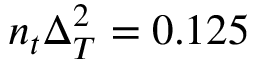
n _ { t } \Delta _ { T } ^ { 2 } = 0 . 1 2 5